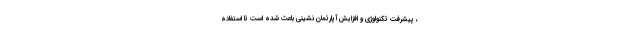
، پیشرفت تکنولوژی و افزایش آپارتمان نشینی باعث شده است تا استفاده